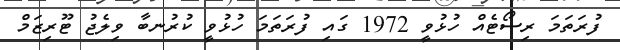
ފުރަތަމަ ރިސޯޓެއް ހުޅުވީ 1972 ގައި ފުރަތަމަ ހުޅުވީ ކުރުނބާ ވިލެޖު ޓޫރިޒަމް